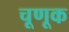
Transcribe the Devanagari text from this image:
चूणूक